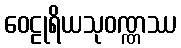
ဝေဠုရိယသုဝဏ္ဏဿ